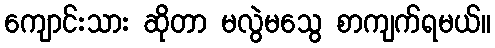
ကျောင်းသား ဆိုတာ မလွဲမသွေ စာကျက်ရမယ်။